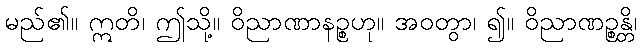
မည်၏။ ဣတိ၊ ဤသို့။ ဝိညာဏာနဉ္စဟု။ အဝတွာ၊ ၍။ ဝိညာဏဉ္စန္တိ၊